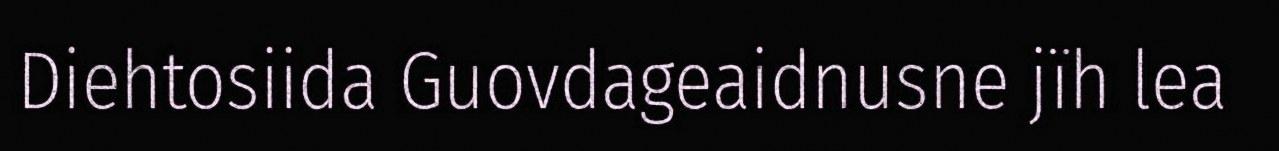
Diehtosiida Guovdageaidnusne jïh lea